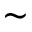
\sim